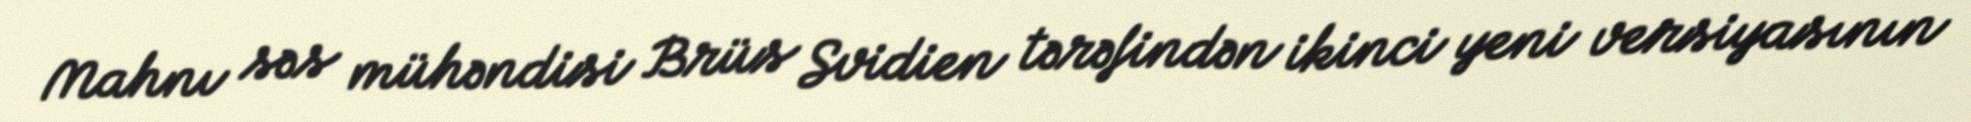
Mahnı səs mühəndisi Brüs Svidien tərəfindən ikinci yeni versiyasının